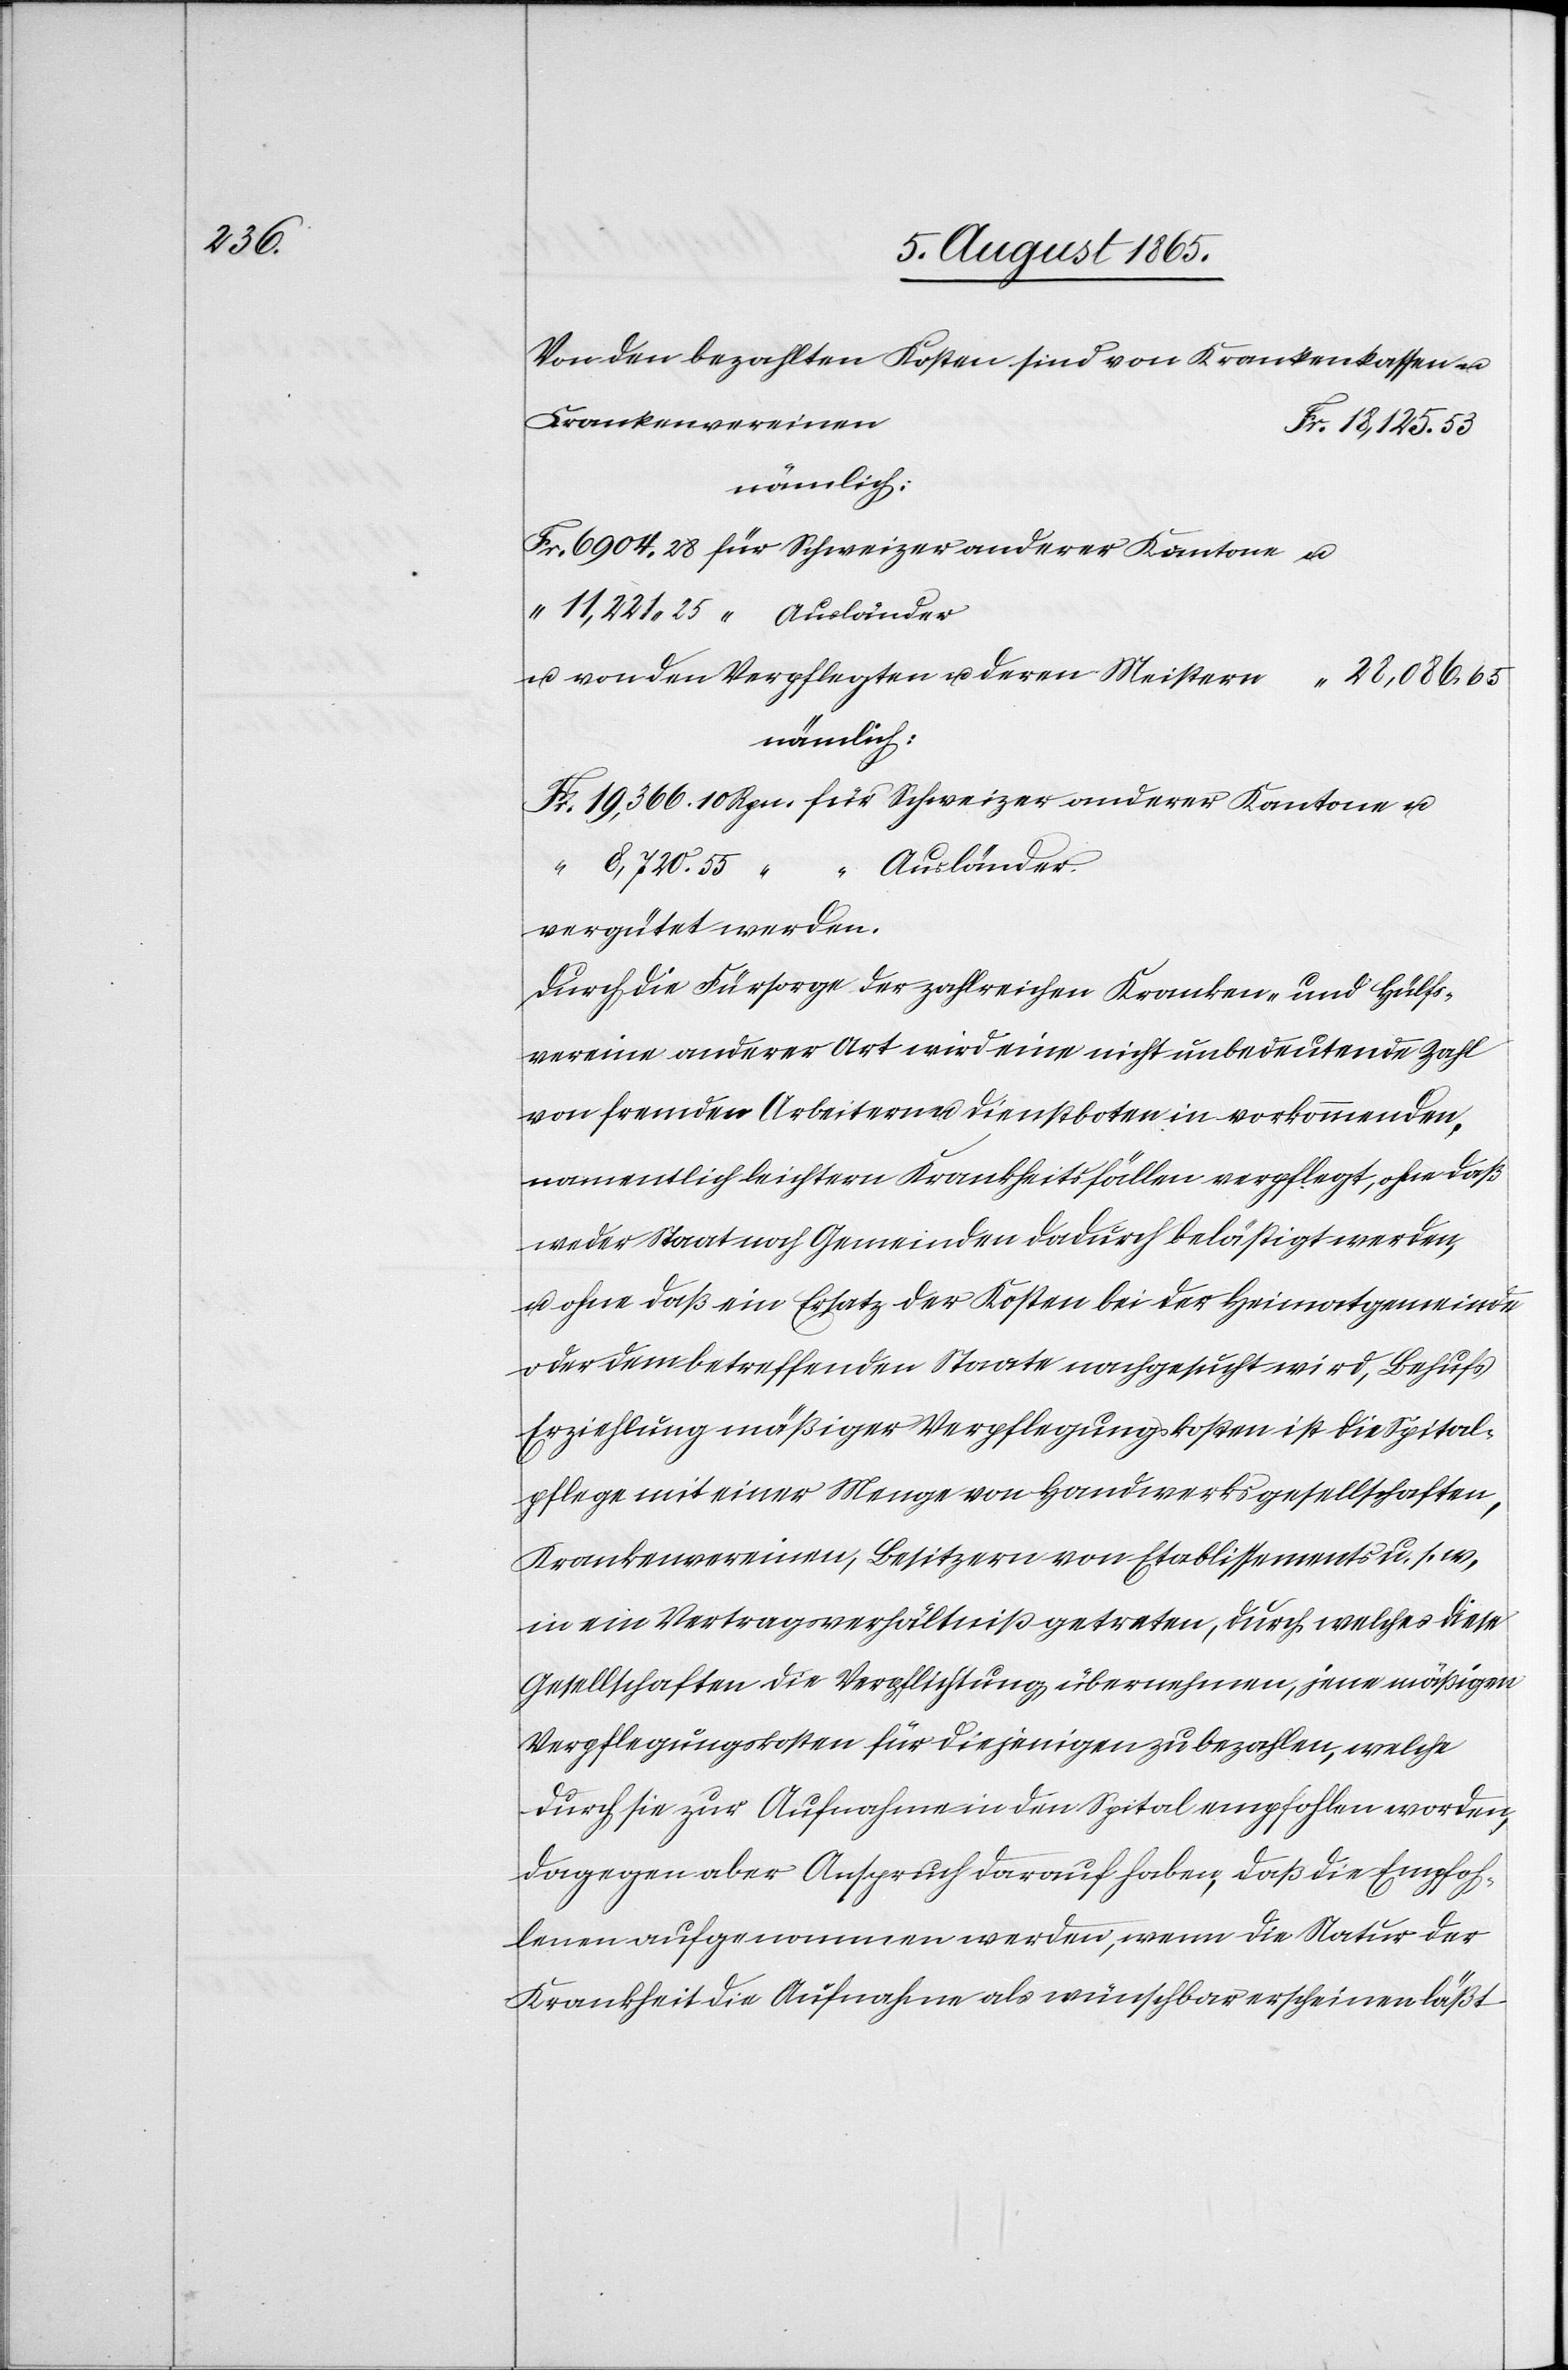
28,086

Von den bezahlten Kosten sind von Krankenkassen u.
Krankenvereinen
u. von den Verpflegten u. deren Meistern
nämlich:
Fr. 19,366.10 Rpn.	für Schweizer anderer Kantone u.
Ausländer
vergütet werden
Durch die Fürsorge der zahlreichen Kranken- und Hülfs¬
vereine anderer Art wird eine nicht unbedeutende Zahl
von fremden Arbeitern u. Dienstboten in vorkommenden,
namentlich leichten Krankheitsfällen verpflegt, ohne daß
weder Staat noch Gemeinden dadurch belästigt werden,
u. ohne daß ein Ersatz der Kosten bei der Heimatgemeinde
oder dem betreffenden Staate nachgesucht wird, Behufs
Erziehlung mäßiger Verpflegungskosten ist die Spital¬
pflege mit einer Menge von Handwerksgesellschaften,
Krankenvereinen, Besitzern von Etablissements u. s. w,
in ein Vertragsverhältniß getreten, durch welches diese
Gesellschaften die Verpflichtung übernehmen, jene mäßigen
Verpflegungskosten für diejenigen zu bezahlen, welche
durch sie zur Aufnahme in den Spital empfohlen worden,
dagegen aber Anspruch darauf haben, daß die Empfoh¬
lenen aufgenommen werden, wenn die Natur der
Krankheit die Aufnahme als wünschbar erscheinen läßt